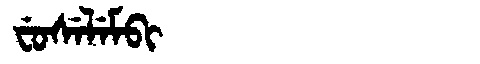
Manchu: ᠸᡠᠰᡝᠯᡝᠮᠪᡳ
Romanization: FUSELEMBI